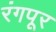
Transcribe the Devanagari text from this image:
रंगपूर